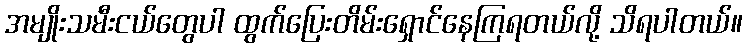
အမျိုးသမီးငယ်တွေပါ ထွက်ပြေးတိမ်းရှောင်နေကြရတယ်လို့ သိရပါတယ်။